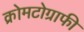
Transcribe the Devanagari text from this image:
क्रोमटोग्राफी